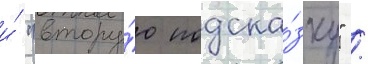
и́ "втору́ю подска́зку" /